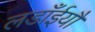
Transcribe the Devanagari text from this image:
लडाँईयौं